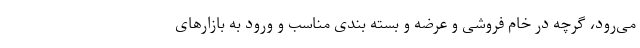
می‌رود، گرچه در خام فروشی و عرضه و بسته بندی مناسب و ورود به بازارهای